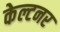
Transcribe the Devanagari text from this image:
केल्टनर